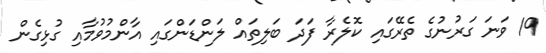
19 ވަނަ ގަރުނުގެ ތެރޭގައި ކޮލެރާ ފަދަ ބަލިތައް ލަންޑަންގައި އާންމުވުމާއި ގުޅިގެން